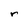
Character: r